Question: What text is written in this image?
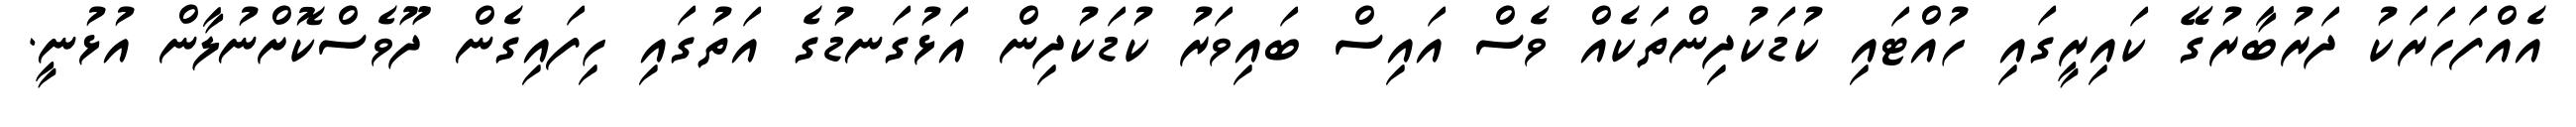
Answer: އެއްފަހަރަކު ދަރުބާރުގޭ ކައިރީގައި ހުއްޓައި ކުޑަކުދިންތަކެއް ވެސް އައިސް ބައިވަރު ކުޑަކުދިން އަޅުގަނޑުގެ އަތުގައި ހިފައިގެން ދޫވެސްކޮށްނުލާން އުޅުނީ.